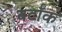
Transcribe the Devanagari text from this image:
बर्टॉक